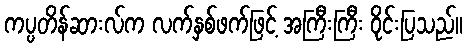
ကပ္ပတိန်ဆားလ်က လက်နှစ်ဖက်ဖြင့် အကြီးကြီး ဝိုင်းပြသည်။